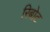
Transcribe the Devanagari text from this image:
रिबोट